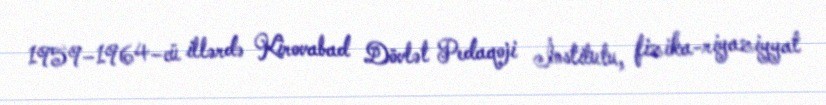
1959–1964–cü illərdə Kirovabad Dövlət Pedaqoji İnstitutu, fizika-riyaziyyat